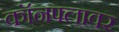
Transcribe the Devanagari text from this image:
कॉनफ्लावर